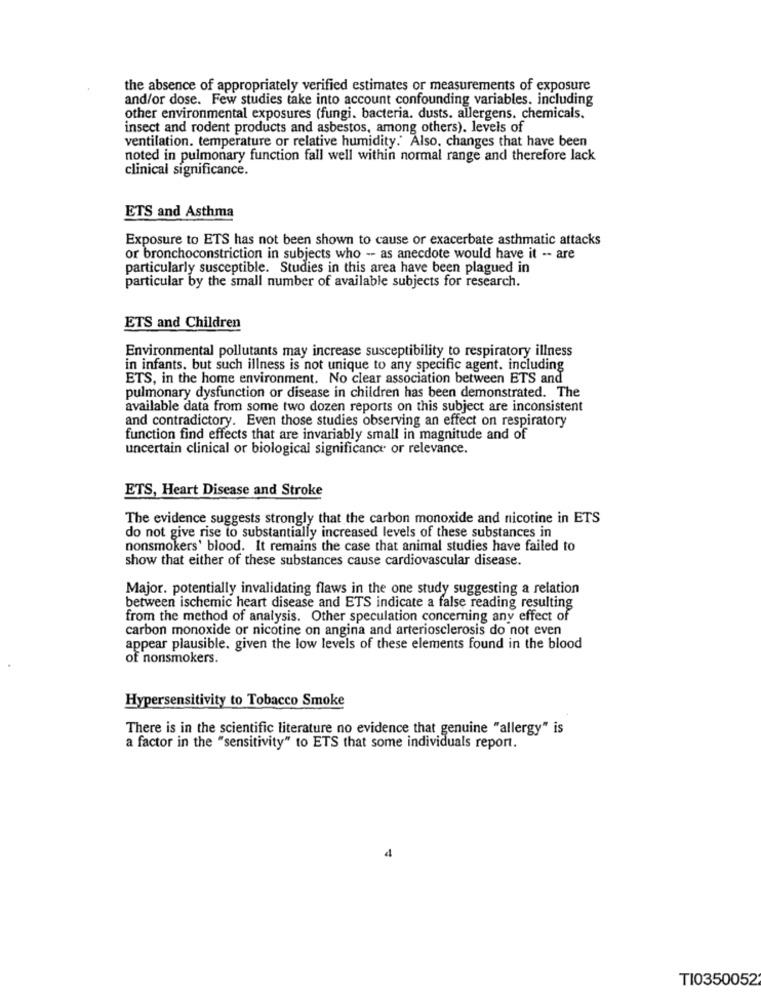
the absence of appropriately verified estimates or measurements of exposure
and/or dose. Few studies take into account confounding variables. including
other environmental exposures (fungi. bacteria. dusts. allergens. chemicals.
insect and rodent products and asbestos, among others). levels of
ventilation. temperature or relative humidity. Also, changes that have been
noted in pulmonary function fall well within normal range and therefore lack
clinical significance.
ETS and Asthma
Exposure to ETS has not been shown to cause or exacerbate asthmatic attacks
or bronchoconstriction in subjects who - as anecdote would have it -- are
particularly susceptible. Studies in this area have been plagued in
particular by the small number of available subjects for research.
ETS and Children
Environmental pollutants may increase susceptibility to respiratory illness
in infants, but such illness is not unique to any specific agent. including
ETS, in the home environment. No clear association between ETS and
pulmonary dysfunction or disease in children has been demonstrated. The
available data from some two dozen reports on this subject are inconsistent
and contradictory. Even those studies observing an effect on respiratory
function find effects that are invariably small in magnitude and of
uncertain clinical or biological significance or relevance.
ETS, Heart Disease and Stroke
The evidence suggests strongly that the carbon monoxide and nicotine in ETS
do not give rise to substantially increased levels of these substances in
nonsmokers' blood. It remains the case that animal studies have failed to
show that either of these substances cause cardiovascular disease.
Major. potentially invalidating flaws in the one study suggesting a relation
between ischemic heart disease and ETS indicate a false reading resulting
from the method of analysis. Other speculation concerning any effect of
carbon monoxide or nicotine on angina and arteriosclerosis do not even
appear plausible. given the low levels of these elements found in the blood
of nonsmokers.
Hypersensitivity to Tobacco Smoke
There is in the scientific literature no evidence that genuine "allergy" is
a factor in the "sensitivity" to ETS that some individuals report.
TI0350052